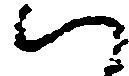
ハ